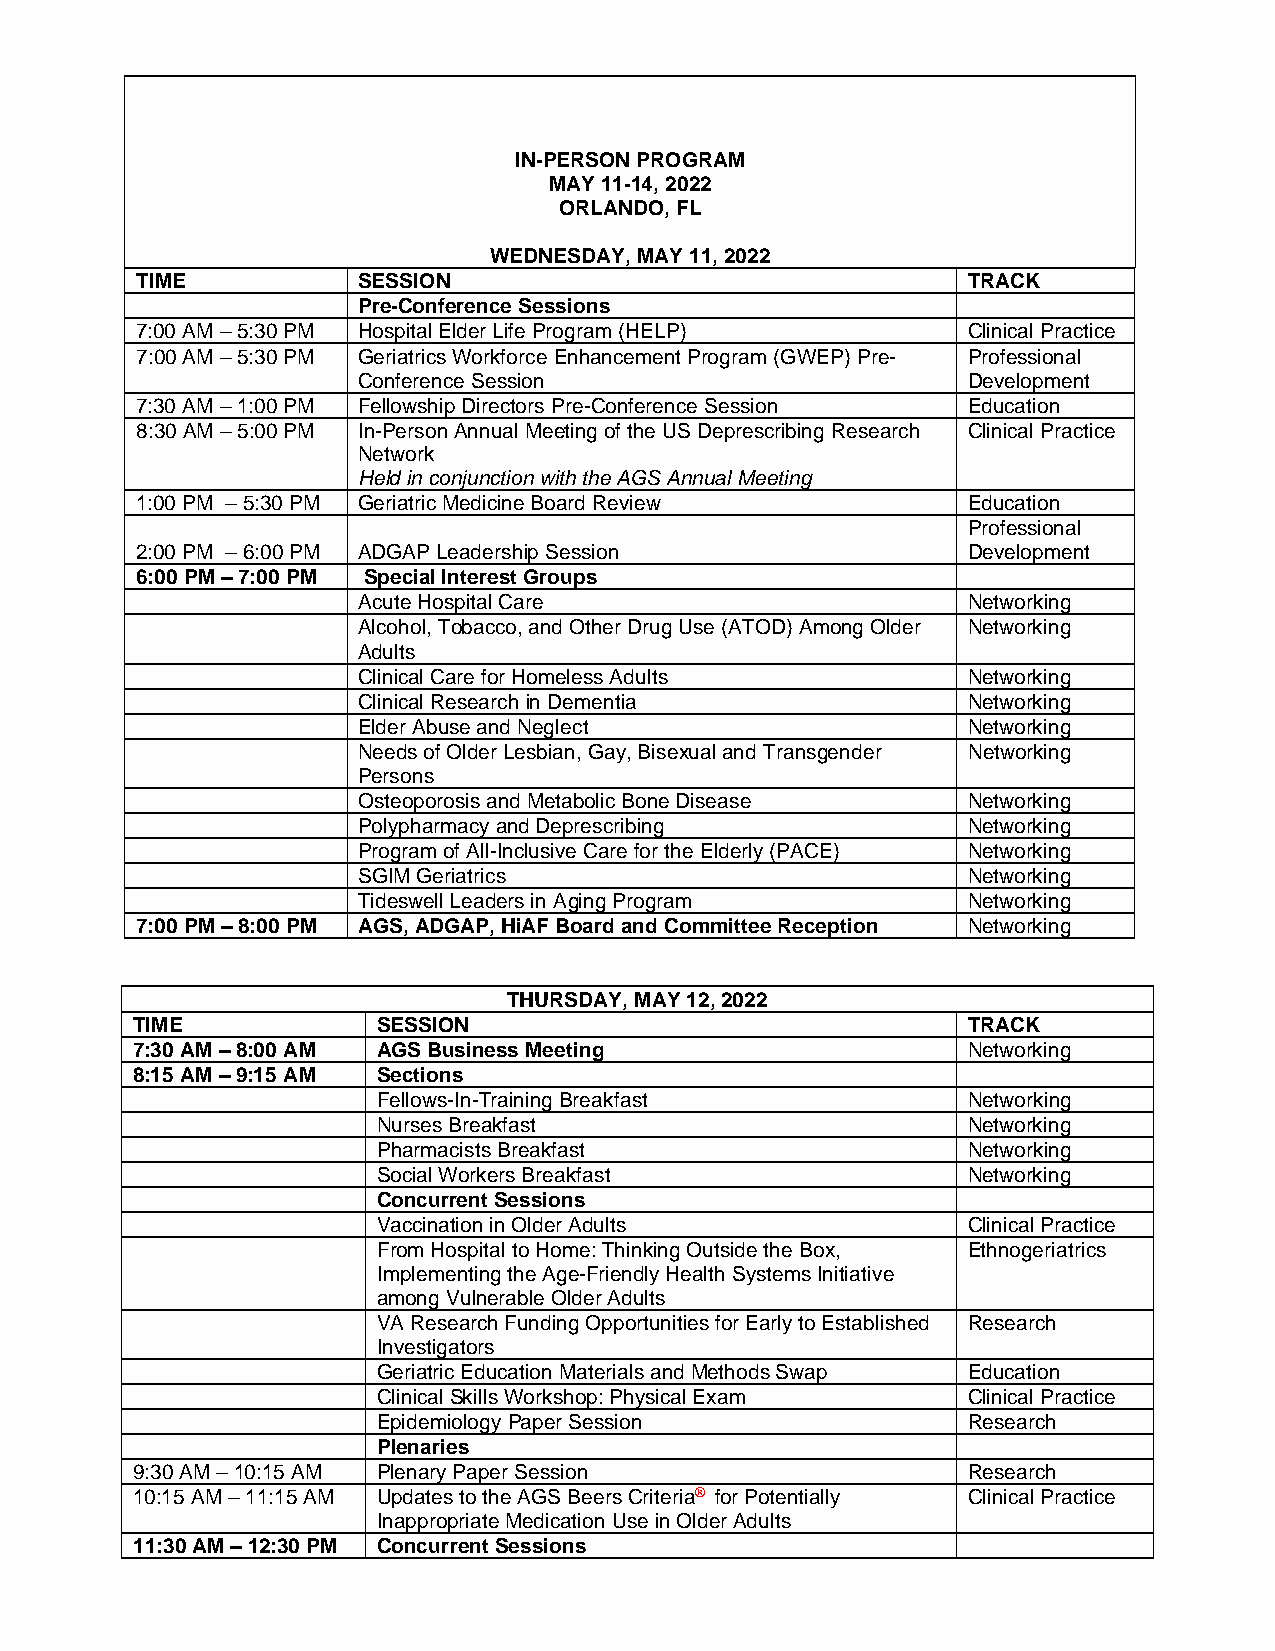
IN-PERSON PROGRAM
 MAY 11-14, 2022
 ORLANDO, FL
 WEDNESDAY, MAY 11, 2022
 TIME           SESSION                                 TRACK
 Pre-Conference Sessions
 7:00 AM – 5:30 PM Hospital Elder Life Program (HELP)   Clinical Practice
 7:00 AM – 5:30 PM Geriatrics Workforce Enhancement Program (GWEP) Pre- Professional
 Conference Session                      Development
 7:30 AM – 1:00 PM Fellowship Directors Pre-Conference Session Education
 8:30 AM – 5:00 PM In-Person Annual Meeting of the US Deprescribing Research Clinical Practice
 Network
 Held in conjunction with the AGS Annual Meeting
 1:00 PM – 5:30 PM Geriatric Medicine Board Review      Education
 Professional
 2:00 PM – 6:00 PM ADGAP Leadership Session             Development
 6:00 PM – 7:00 PM Special Interest Groups
 Acute Hospital Care                     Networking
 Alcohol, Tobacco, and Other Drug Use (ATOD) Among Older Networking
 Adults
 Clinical Care for Homeless Adults       Networking
 Clinical Research in Dementia           Networking
 Elder Abuse and Neglect                 Networking
 Needs of Older Lesbian, Gay, Bisexual and Transgender Networking
 Persons
 Osteoporosis and Metabolic Bone Disease Networking
 Polypharmacy and Deprescribing          Networking
 Program of All-Inclusive Care for the Elderly (PACE) Networking
 SGIM Geriatrics                         Networking
 Tideswell Leaders in Aging Program      Networking
 7:00 PM – 8:00 PM AGS, ADGAP, HiAF Board and Committee Reception Networking
 THURSDAY, MAY 12, 2022
 TIME            SESSION                                TRACK
 7:30 AM – 8:00 AM AGS Business Meeting                 Networking
 8:15 AM – 9:15 AM Sections
 Fellows-In-Training Breakfast          Networking
 Nurses Breakfast                       Networking
 Pharmacists Breakfast                  Networking
 Social Workers Breakfast               Networking
 Concurrent Sessions
 Vaccination in Older Adults            Clinical Practice
 From Hospital to Home: Thinking Outside the Box, Ethnogeriatrics
 Implementing the Age-Friendly Health Systems Initiative
 among Vulnerable Older Adults
 VA Research Funding Opportunities for Early to Established Research
 Investigators
 Geriatric Education Materials and Methods Swap Education
 Clinical Skills Workshop: Physical Exam Clinical Practice
 Epidemiology Paper Session             Research
 Plenaries
 9:30 AM – 10:15 AM Plenary Paper Session               Research
 10:15 AM – 11:15 AM Updates to the AGS Beers Criteria® for Potentially Clinical Practice
 Inappropriate Medication Use in Older Adults
 11:30 AM – 12:30 PM Concurrent Sessions